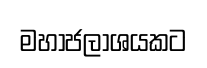
මහාජලාශයකට